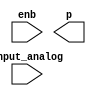
// behavior model of the vco
module vco
  #(
    parameter PHASE_WIDTH = 11)
  (
`ifdef USE_POWER_PINS
    inout vccd2,	// User area 1 1.8V supply
    inout vssd2,	// User area 1 analog ground
`endif

   // input 		    clk,
   // input 		    rst,
   input 		    enb,
   input 		    input_analog, 
   output [PHASE_WIDTH-1:0] p
   );
`ifdef FUNCTIONAL
   reg [14:0] 		     counter_reg;
   reg [PHASE_WIDTH-1:0]     vco_val[0:9999];
   reg 			     clk;
   reg 			     rst;
   
   initial begin
      $display("Load vco-phase");
      $readmemb("testcase_f10khz_oversample_512_fs25Mhz.txt", vco_val);
   end
   // set the frequency to 50MHz to match the system freq
   always #20 clk <= (clk === 1'b0);
   
   initial begin
      clk = 0;
   end

   initial begin
      rst <= 1'b1;
      #2000;
      rst <= 1'b0;
   end

   always @(posedge clk) begin
      if (rst == 1'b1) begin
	 counter_reg <= 15'h0;
      end else begin
	 if (enb == 1'b0) begin
	    if (counter_reg == 9999)
	      counter_reg <= 15'h0;
	    else
	      counter_reg <= counter_reg + 1;
	 end
      end
   end

   assign p = (enb == 1'b0) ? vco_val[counter_reg] : 0;
`endif
endmodule // vco